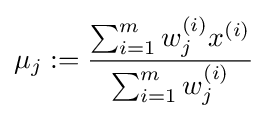
\mu _{j}:={\frac {\sum _{i=1}^{m}w_{j}^{(i)}x^{(i)}}{\sum _{i=1}^{m}w_{j}^{(i)}}}